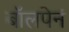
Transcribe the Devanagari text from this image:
बॉलपेनं